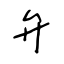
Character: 弁